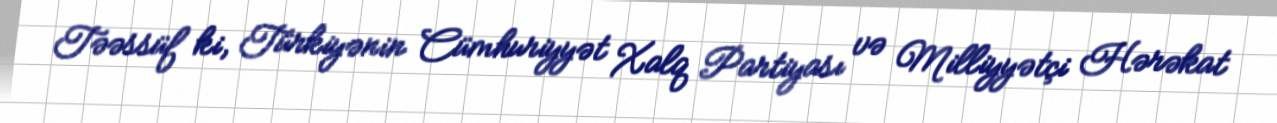
Təəssüf ki, Türkiyənin Cümhuriyyət Xalq Partiyası və Milliyyətçi Hərəkat